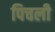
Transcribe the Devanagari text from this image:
पिचली